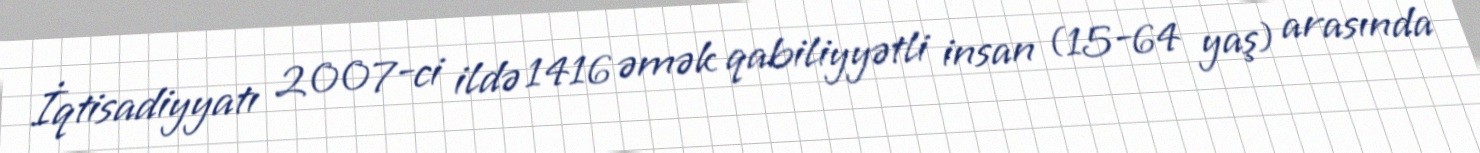
İqtisadiyyatı 2007-ci ildə 1416 əmək qabiliyyətli insan (15-64 yaş) arasında